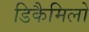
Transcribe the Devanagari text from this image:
डिकैमिलो